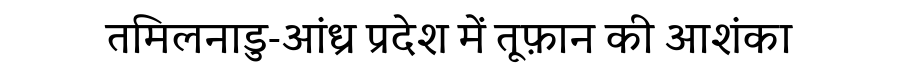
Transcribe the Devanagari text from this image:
तमिलनाडु-आंध्र प्रदेश में तूफ़ान की आशंका